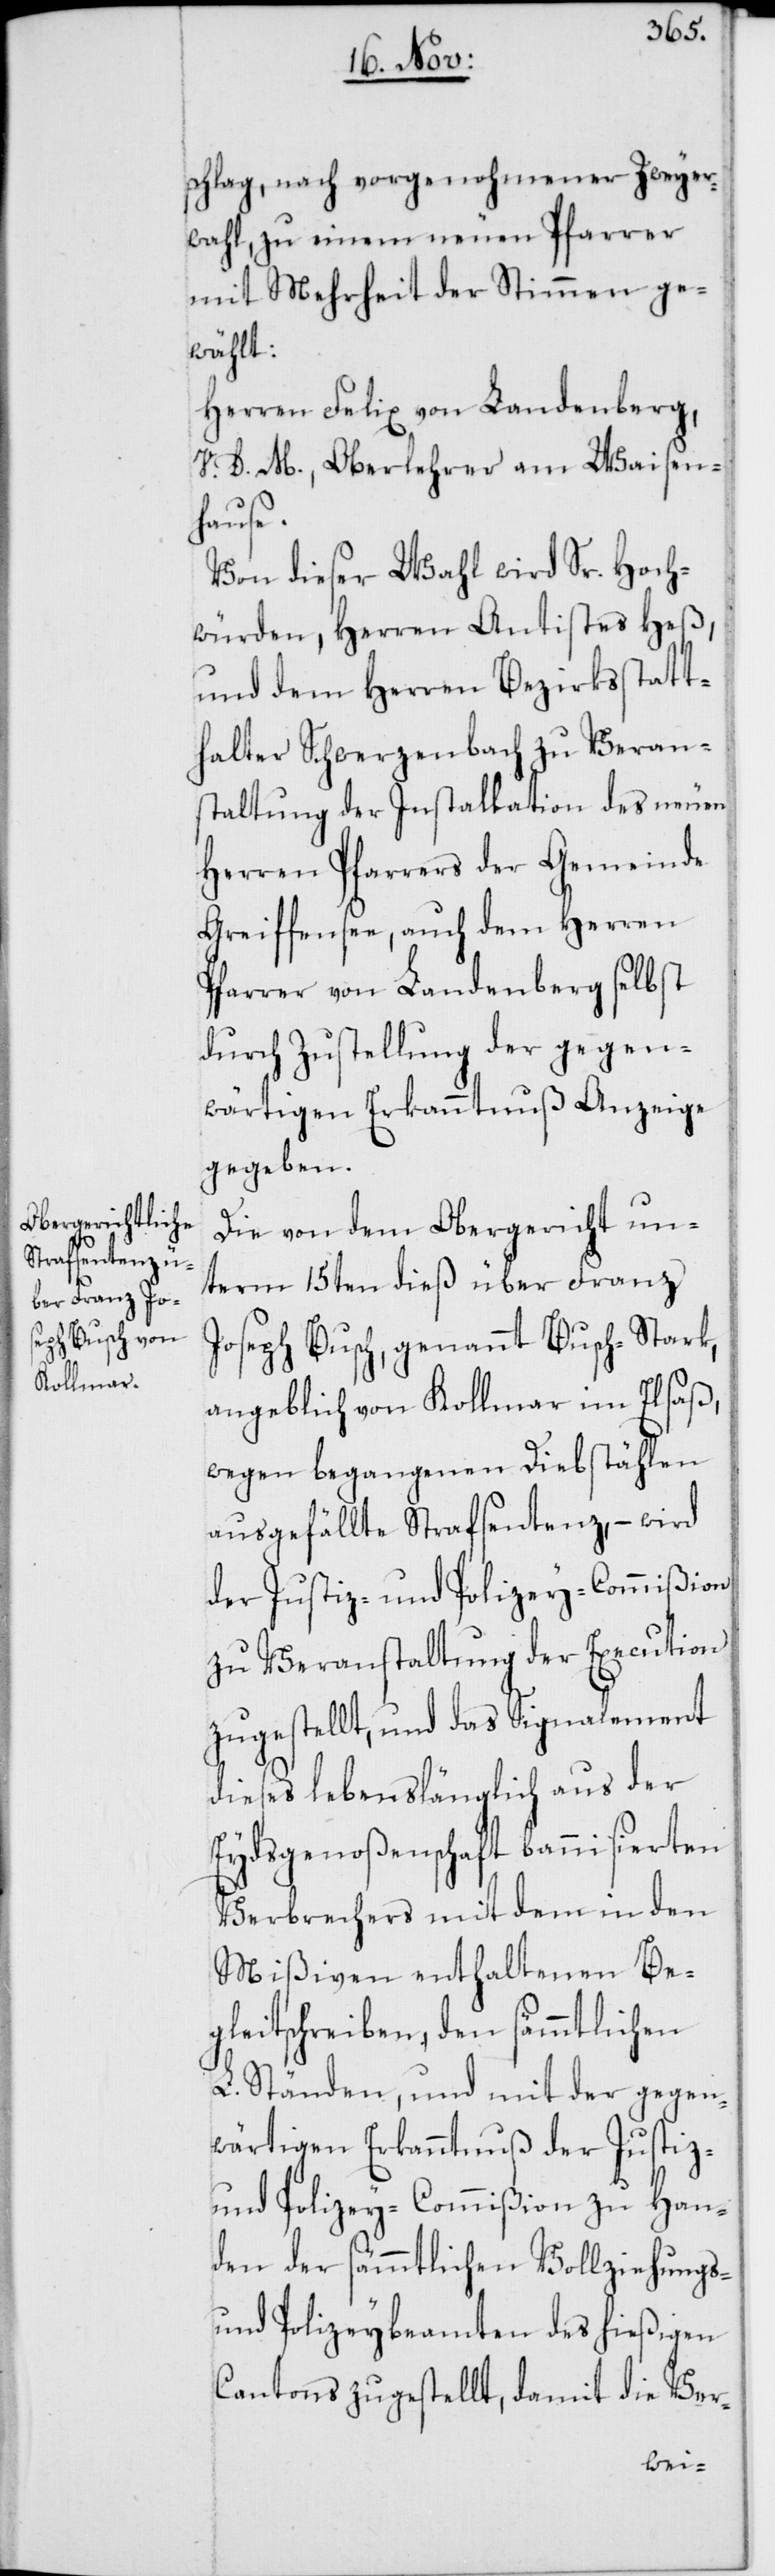
schlag, nach vorgenohmener Zweyer¬
wahl, zu einem neuen Pfarrer
mit Mehrheit der Stimmen ge¬
wählt:
Herren Felix von Landenberg,
V. D. M., Oberlehrer am Waisen¬
hause.
Von dieser Wahl wird Sr. Hoch¬
würden, Herren Antistes Heß,
und dem Herren Bezirksstatt¬
halter Schwerzenbach zu Veran¬
staltung der Installation des neuen
Herren Pfarrers der Gemeinde
Greiffensee, auch dem Herren
Pfarrer von Landenberg selbst
durch Zustellung der gegen¬
wärtigen Erkanntnuß Anzeige
gegeben.
Die von dem Obergericht un¬
term 15ten dieß über Franz
Joseph Busch, genannt Busch-Stark,
angeblich von Kollmar im Elsaß,
wegen begangenen Diebstählen
ausgefällte Strafsentenz, – wird
der Justiz- und Polizey-Commißion
zu Veranstaltung der Execution
zugestellt, und das Signalement
dieses lebenslänglich aus der
Eydsgenoßenschaft bannisierten
Verbrechers mit dem in den
Mißiven enthaltenen Be¬
gleitschreiben, den sämmtlichen
L. Ständen, und mit der gegen¬
wärtigen Erkanntnuß der Justiz-
und Polizey-Commißion zu Han¬
den der sämmtlichen Vollziehungs-
und Polizeybeamten des hießigen
Cantons zugestellt, damit die Ver-